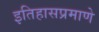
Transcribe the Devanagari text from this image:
इतिहासप्रमाणे